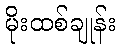
မိုးထစ်ချုန်း